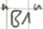
Text: "B1"